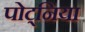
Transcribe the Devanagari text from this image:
पोट्निया